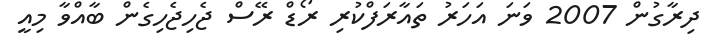
ދިރާގުން 2007 ވަނަ އަހަރު ތައާރަފްކުރި ރޯޑް ރޭސް ޖެހިޖެހިގެން ބާއްވާ މިއީ